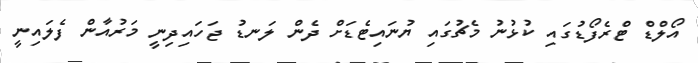
އޯލްޑް ޓްރެފޯޑުގައި ކުޅުނު މެޗުގައި ޔުނައިޓެޑަށް ދެން ލަނޑު ޖަހައިދިނީ މަރުއާން ފެލައިނީ